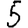
Digit: 5